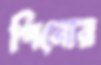
পিনোর